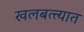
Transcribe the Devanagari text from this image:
खलबत्त्यात